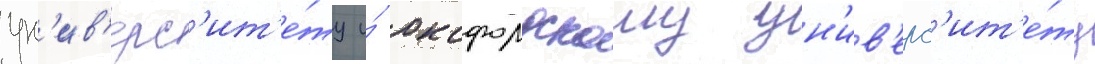
ун'ив'ерс'ит'е́ту и́ оксфордскому ун'ив'ерс'ит'е́ту